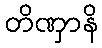
တိဏှာနိ